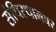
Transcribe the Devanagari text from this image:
संधिस्थानवर